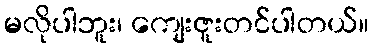
မလိုပါဘူး၊ ကျေးဇူးတင်ပါတယ်။